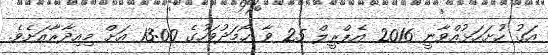
އަގު ހުށަހަޅުއްވާނީ 2016 އެޕްރީލް 25 ވާ ހޯމަދުވަހުގެ 13:00 އަށް މިއިދާރާއަށެވެ.